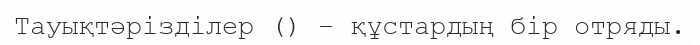
Тауықтәрізділер () – құстардың бір отряды.